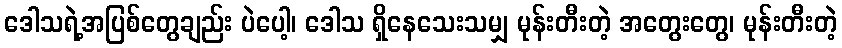
ဒေါသရဲ့အပြစ်တွေချည်း ပဲပေါ့၊ ဒေါသ ရှိနေသေးသမျှ မုန်းတီးတဲ့ အတွေးတွေ၊ မုန်းတီးတဲ့